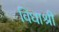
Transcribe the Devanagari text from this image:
विधाश्री